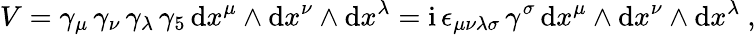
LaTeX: V=\gamma_{\mu}\, \gamma_{\nu}\, \gamma_{\lambda}\, \gamma_{5}\, \mathrm{d}x^{\mu}\wedge\mathrm{d}x^{\nu}\wedge\mathrm{d}x^{\lambda}={\mathrm{i}}\, \epsilon_{\mu\nu\lambda\sigma}\, \gamma^{\sigma}\, \mathrm{d}x^{\mu}\wedge\mathrm{d}x^{\nu}\wedge\mathrm{d}x^{\lambda}\ ,